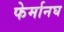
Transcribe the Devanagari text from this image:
फेर्मानघ